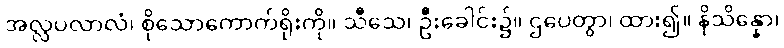
အလ္လပလာလံ၊ စိုသောကောက်ရိုးကို။ သီသေ၊ ဦးခေါင်း၌။ ဌပေတွာ၊ ထား၍။ နိသိန္နော၊